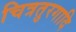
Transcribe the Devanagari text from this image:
चित्रतुरगादि